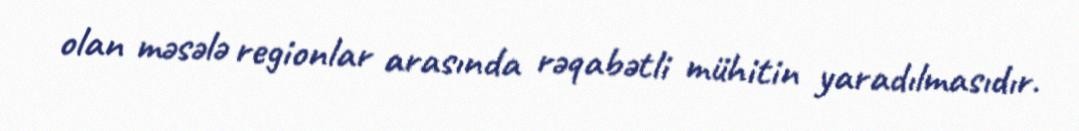
olan məsələ regionlar arasında rəqabətli mühitin yaradılmasıdır.